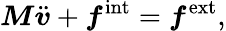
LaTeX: \boldsymbol{M}\ddot{\boldsymbol{v}}+\boldsymbol{f}^{\mathrm{int}}=\boldsymbol{f}^{\mathrm{ext}},